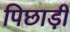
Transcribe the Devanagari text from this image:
पिछाड़ी